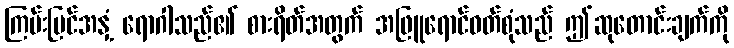
ကြမ်းပြင်အနှံ့ ရောဂါသည်၏ စားရိတ်အတွက် အဖြူရောင်ဝတ်စုံသည် ဤဆုတောင်းချက်ကို